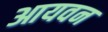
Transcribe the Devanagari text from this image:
आयवन